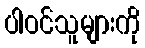
ပါဝင်သူများကို